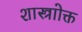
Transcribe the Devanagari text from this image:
शास्त्राोक्त